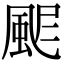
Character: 𩖾